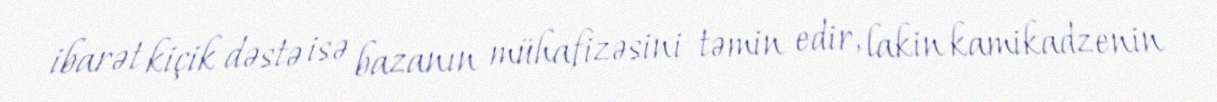
ibarət kiçik dəstə isə bazanın mühafizəsini təmin edir, lakin kamikadzenin